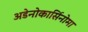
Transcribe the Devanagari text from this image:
अडेनोकार्सिनोमा